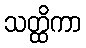
သတ္ထိကာ